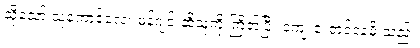
သို့သော် သူ့ကောင်လေး ဖန်ဂျင်းဆိုသူကို ကြိတ်ပြီး ကျေးဇူးတင်နေမိ သည်။